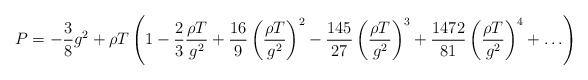
\begin{align*}P = -\frac{3}{8} g^2 + \rho T \left( 1 -\frac{2}{3} \frac{\rho T}{g^2 }+ \frac{16}{9} \left( \frac{\rho T}{g^2 } \right)^{2} -\frac{145}{27} \left( \frac{\rho T}{g^2 } \right)^{3} +\frac{1472}{81} \left( \frac{\rho T}{g^2 } \right)^{4} + \ldots \right) \end{align*}